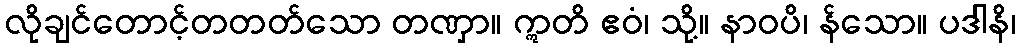
လိုချင်တောင့်တတတ်သော တဏှာ။ ဣတိ ဧဝံ၊ သို့။ နာဝပိ၊ န်သော။ ပဒါနိ၊